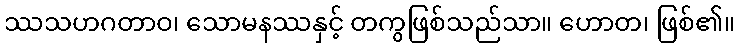
ဿသဟဂတာဝ၊ သောမနဿနှင့် တကွဖြစ်သည်သာ။ ဟောတ၊ ဖြစ်၏။